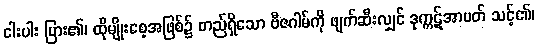
ငါးပါး ပြား၏၊ ထိုမျိုးစေ့အဖြစ်၌ တည်ရှိသော ဗီဇဂါမ်ကို ဖျက်ဆီးလျှင် ဒုက္ကဋ်အာပတ် သင့်၏၊